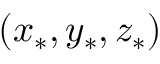
\left( x _ { \ast } , y _ { \ast } , z _ { \ast } \right)